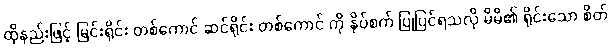
ထိုနည်းဖြင့် မြင်းရိုင်း တစ်ကောင် ဆင်ရိုင်း တစ်ကောင် ကို နှိပ်စက် ပြုပြင်ရသလို မိမိ၏ ရိုင်းသော စိတ်